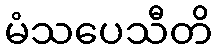
မံသပေသီတိ